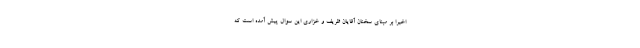
اخیرا بر مبنای سخنان آقایان ظریف و خزاری این سوال پیش آمده است که